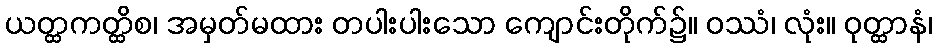
ယတ္ထကတ္ထိစ၊ အမှတ်မထား တပါးပါးသော ကျောင်းတိုက်၌။ ဝဿံ၊ လုံး။ ဝုတ္ထာနံ၊